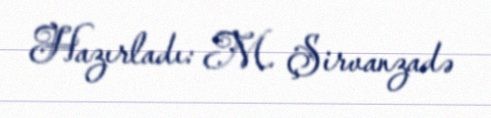
Hazırladı: M. Şirvanzadə